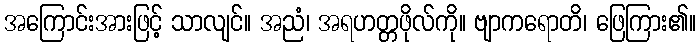
အကြောင်းအားဖြင့် သာလျင်။ အညံ၊ အရဟတ္တဖိုလ်ကို။ ဗျာကရောတိ၊ ဖြေကြား၏။